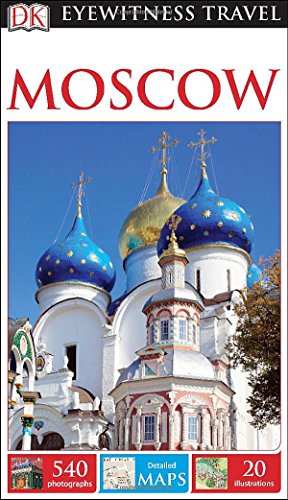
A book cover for DK Eyewitness Travel Guide: Moscow; DK Publishing; Travel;